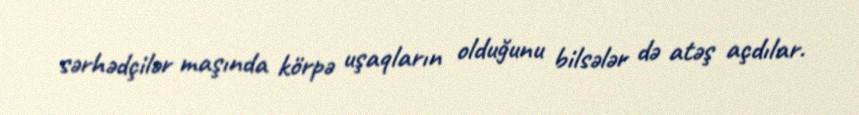
sərhədçilər maşında körpə uşaqların olduğunu bilsələr də atəş açdılar.